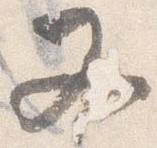
又